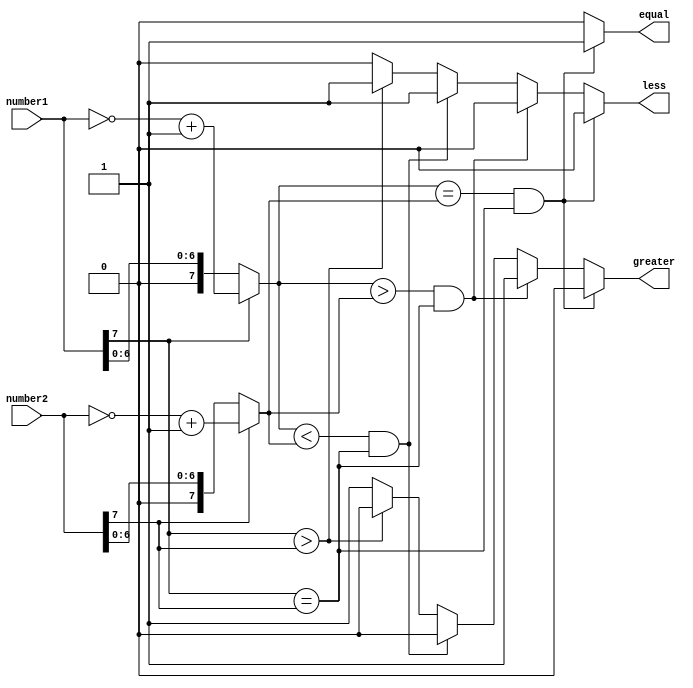
module signed_magnitude_comparator(
    input signed [7:0] number1,
    input signed [7:0] number2,
    output reg equal,
    output reg greater,
    output reg less
);

reg [7:0] abs_number1, abs_number2;
reg sign1, sign2;

always @* begin
    abs_number1 = (number1[7] == 1) ? ~number1 + 8'b1 : number1;
    abs_number2 = (number2[7] == 1) ? ~number2 + 8'b1 : number2;
    sign1 = number1[7];
    sign2 = number2[7];
    
    if(abs_number1 == abs_number2 && sign1 == sign2) begin
        equal = 1;
        greater = 0;
        less = 0;
    end else if (abs_number1 > abs_number2 && sign1 == sign2) begin
        equal = 0;
        greater = 1;
        less = 0;
    end else if (abs_number1 < abs_number2 && sign1 == sign2) begin
        equal = 0;
        greater = 0;
        less = 1;
    end else if (sign1 > sign2) begin
        equal = 0;
        greater = 0;
        less = 1;
    end else begin
        equal = 0;
        greater = 1;
        less = 0;
    end
end

endmodule